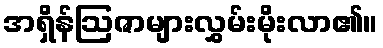
အရှိန်ဩဇာများလွှမ်းမိုးလာ၏။